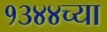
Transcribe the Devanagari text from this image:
१३४४च्या